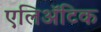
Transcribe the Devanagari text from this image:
एलिअॅटिक